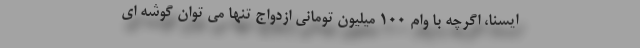
ایسنا، اگرچه با وام ۱۰۰ میلیون تومانی ازدواج تنها می توان گوشه ای